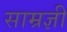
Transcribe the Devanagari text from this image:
साम्रज्ञी